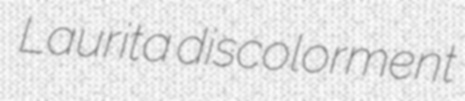
Laurita discolorment